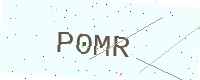
Text: P0MR